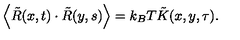
\left\langle \tilde { R } ( x , t ) \cdot \tilde { R } ( y , s ) \right\rangle = k _ { B } T \tilde { K } ( x , y , \tau ) .